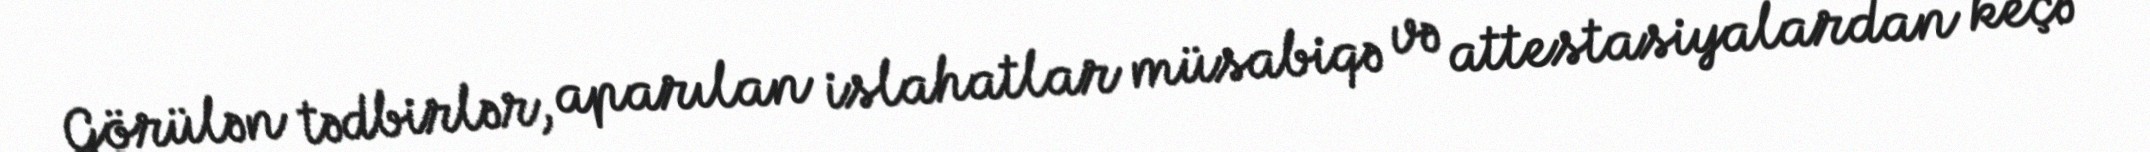
Görülən tədbirlər, aparılan islahatlar müsabiqə və attestasiyalardan keçə